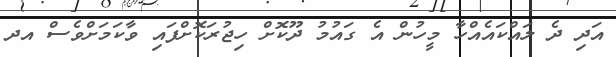
އަދި ދެ ލައްކައެއްހާ މީހުން އެ ގައުމު ދޫކޮށް ހިޖުރަކޮށްފައި ވާކަމަށްވެސް އދ